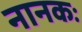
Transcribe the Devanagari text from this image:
नानकः